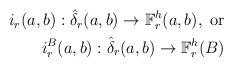
LaTeX: \begin{align*}\begin{aligned}i_r(a,b): \hat\delta_r(a,b)\to \mathbb F^h_r(a,b), \ \rm {or}\\i^B_r(a,b): \hat \delta_r(a,b)\to \mathbb F^h_r(B) \end{aligned}\end{align*}